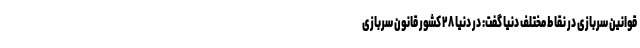
قوانین سربازی در نقاط مختلف دنیا گفت: در دنیا ۲۸ کشور قانون سربازی